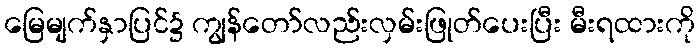
မြေမျက်နှာပြင်၌ ကျွန်တော်လည်းလှမ်းဖြုတ်ပေးပြီး မီးရထားကို